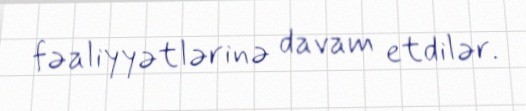
fəaliyyətlərinə davam etdilər.